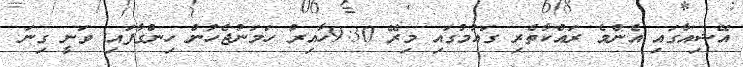
އޭޝިއާގައި އެންމެ ރައްކާތެރި ގައުމުގައި މިރޭ 9:30ހާއިރު ހަމަނުޖެހުން ހިންގާފައި ވަނީ ގިނަ